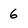
Character: 6